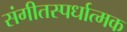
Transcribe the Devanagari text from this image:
संगीतस्पर्धात्मक